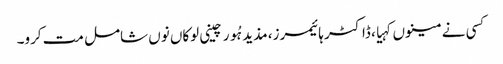
کسی نے مینوں کہیا، ڈاکٹر ہائیمرز، مذید ہُور چینی لوکاں نوں شامل مت کرو۔